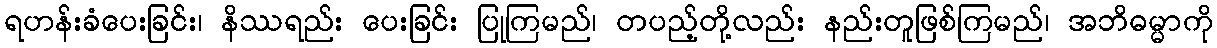
ရဟန်းခံပေးခြင်း၊ နိဿရည်း ပေးခြင်း ပြုကြမည်၊ တပည့်တို့လည်း နည်းတူဖြစ်ကြမည်၊ အဘိဓမ္မာကို